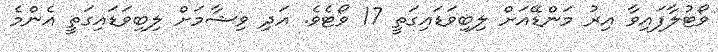
ވޯޓުލާފައިވާ އިރު މަންޑޭއަށް ލިބިވަޑައިގަތީ 17 ވޯޓެވެ. އަދި ވިޝާމަށް ލިބިވަޑައިގަތީ އެންމެ